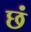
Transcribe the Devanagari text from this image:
छं